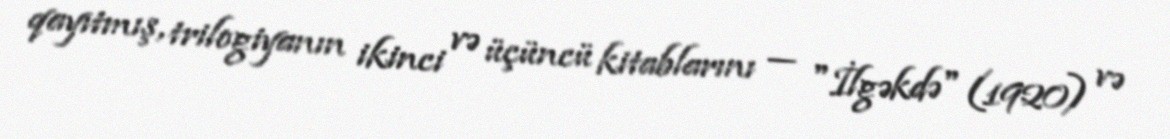
qayıtmış, trilogiyanın ikinci və üçüncü kitablarını — "İlgəkdə" (1920) və